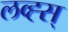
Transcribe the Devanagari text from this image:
लव्ह्स्